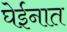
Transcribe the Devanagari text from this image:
घेईनात